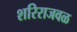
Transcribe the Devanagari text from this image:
शरिराजवळ